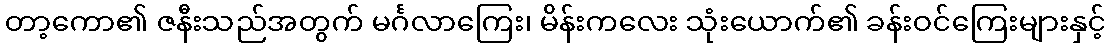
တာ့ကော၏ ဇနီးသည်အတွက် မင်္ဂလာကြေး၊ မိန်းကလေး သုံးယောက်၏ ခန်းဝင်ကြေးများနှင့်